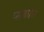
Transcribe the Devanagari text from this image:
प्सकोव